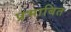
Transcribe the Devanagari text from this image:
प्रभाबित